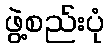
ဖွဲ့စည်းပုံ